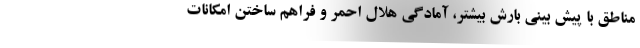
مناطق با پیش بینی بارش بیشتر، آمادگی هلال احمر و فراهم ساختن امکانات